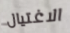
الاغتيال